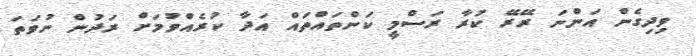
ވިދިގެން އަންނަ ރޭރޭ ކުރާ ރަސްމީ ކަންތައްތައް އަދާ ކުރެއްވުމަށް ރަދުން ނުވަތަ